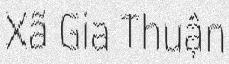
Xã Gia Thuận